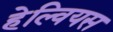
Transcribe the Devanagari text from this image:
हेल्वियस